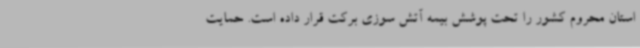
استان محروم کشور را تحت پوشش بیمه آتش سوزی برکت قرار داده است. حمایت